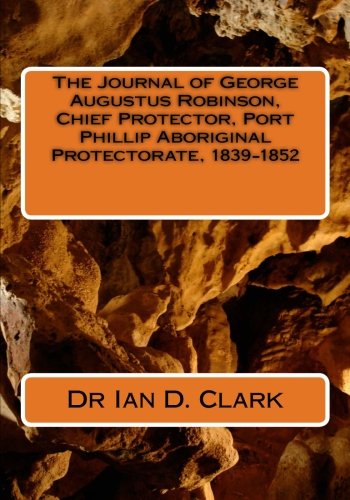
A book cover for The Journal of George Augustus Robinson, Chief Protector, Port Phillip Aboriginal Protectorate, 1839-1852; Dr Ian D. Clark; History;